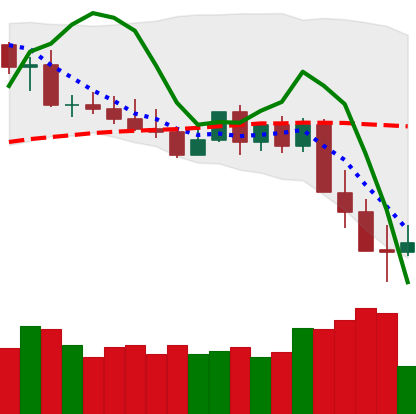
Ticker: XMR-USD
Chart end date: 2022-05-13
Forward return: 7.907%
Label: up_7plus